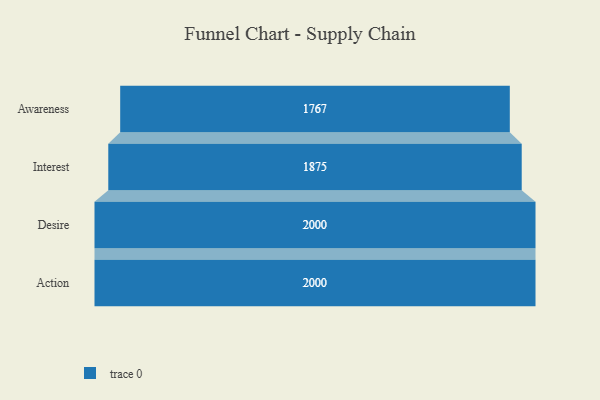
{"axis": {"x": "Stage", "y": "Value"}, "legend": [""], "data": [{"x": "Awareness", "y": 1767.0, "type": ""}, {"x": "Interest", "y": 1875.0, "type": ""}, {"x": "Desire", "y": 2000, "type": ""}, {"x": "Action", "y": 2000, "type": ""}]}